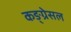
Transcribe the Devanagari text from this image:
कङ्ग्रेसल